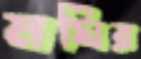
মঘির